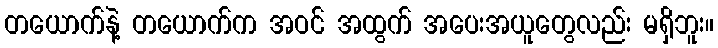
တယောက်နဲ့ တယောက်က အဝင် အထွက် အပေးအယူတွေလည်း မရှိဘူး။